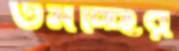
তমচ্ছির